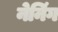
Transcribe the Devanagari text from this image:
नेनिंग